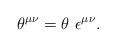
LaTeX: \begin{align*}\theta^{\mu\nu}=\theta~ \epsilon^{\mu\nu}.\end{align*}